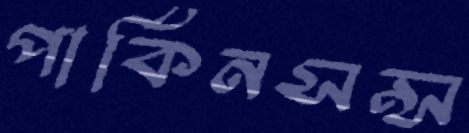
পার্কিনসন্স